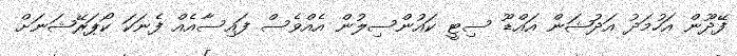
ފޭދޫން އަހުމަދު އަދުޝަން އައްޑޫ ސިޓީ ކައުންސިލުން އެއްވެސް ފައިސާއެއް ފެނަކަ ކޯޕަރޭޝަނަށް